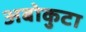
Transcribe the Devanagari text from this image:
अबोकुटा